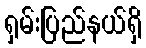
ရှမ်းပြည်နယ်ရှိ